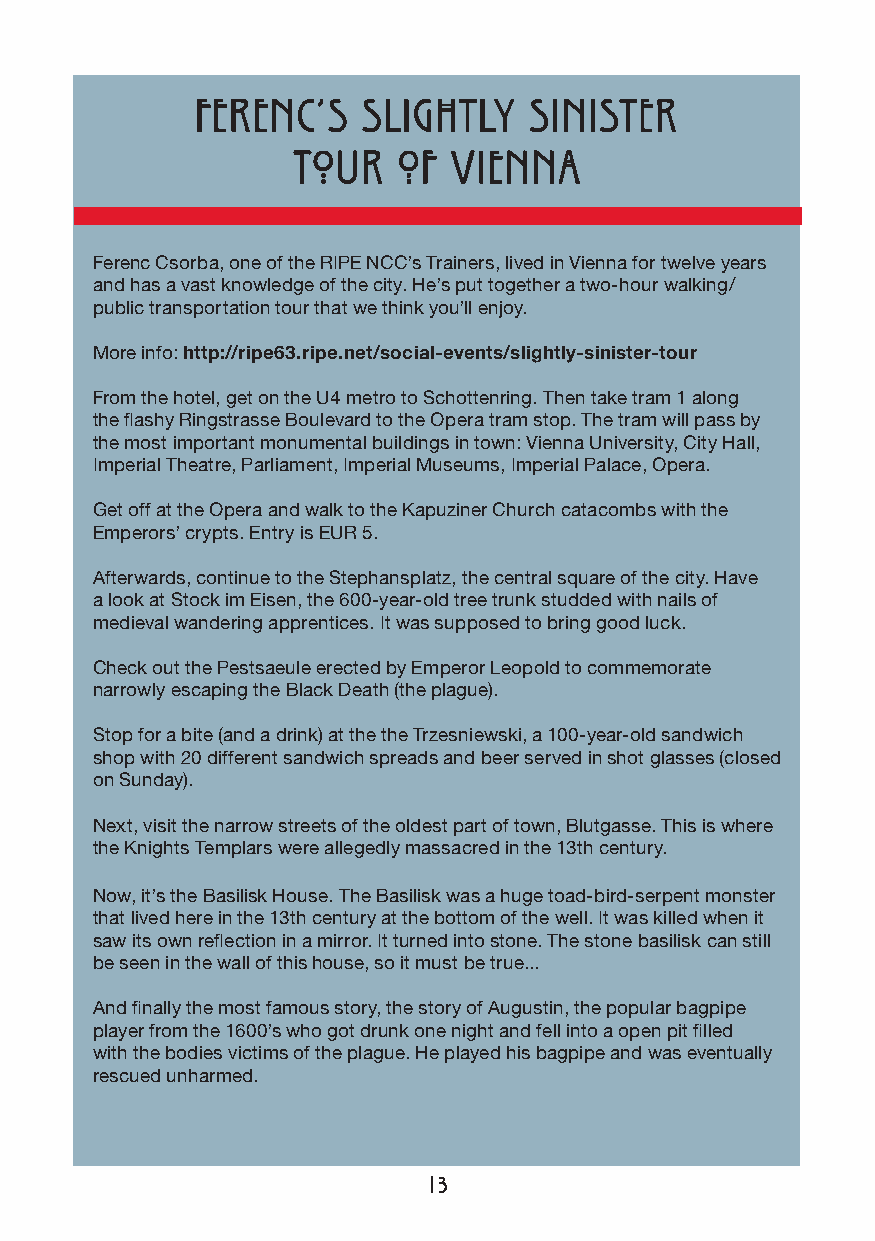
Ferenc’s   slightly   sinister
 tour   of  vienna
 Ferenc Csorba, one of the RIPE NCC’s Trainers, lived in Vienna for twelve years
 and has a vast knowledge of the city. He’s put together a two-hour walking/
 public transportation tour that we think you’ll enjoy.
 More info: http://ripe63.ripe.net/social-events/slightly-sinister-tour
 From the hotel, get on the U4 metro to Schottenring. Then take tram 1 along
 the flashy Ringstrasse Boulevard to the Opera tram stop. The tram will pass by
 the most important monumental buildings in town: Vienna University, City Hall,
 Imperial Theatre, Parliament, Imperial Museums, Imperial Palace, Opera.
 Get off at the Opera and walk to the Kapuziner Church catacombs with the
 Emperors’ crypts. Entry is EUR 5.
 Afterwards, continue to the Stephansplatz, the central square of the city. Have
 a look at Stock im Eisen, the 600-year-old tree trunk studded with nails of
 medieval wandering apprentices. It was supposed to bring good luck.
 Check out the Pestsaeule erected by Emperor Leopold to commemorate
 narrowly escaping the Black Death (the plague).
 Stop for a bite (and a drink) at the the Trzesniewski, a 100-year-old sandwich
 shop with 20 different sandwich spreads and beer served in shot glasses (closed
 on Sunday).
 Next, visit the narrow streets of the oldest part of town, Blutgasse. This is where
 the Knights Templars were allegedly massacred in the 13th century.
 Now, it’s the Basilisk House. The Basilisk was a huge toad-bird-serpent monster
 that lived here in the 13th century at the bottom of the well. It was killed when it
 saw its own reflection in a mirror. It turned into stone. The stone basilisk can still
 be seen in the wall of this house, so it must be true...
 And finally the most famous story, the story of Augustin, the popular bagpipe
 player from the 1600’s who got drunk one night and fell into a open pit filled
 with the bodies victims of the plague. He played his bagpipe and was eventually
 rescued unharmed.
 13